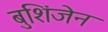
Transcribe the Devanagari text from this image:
बुशिंजेन